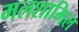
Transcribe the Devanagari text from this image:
मलशामिल